Indian journal of veterinary science and animal husbandry - Volumes 18-21, 1948-1951
Year: 1948
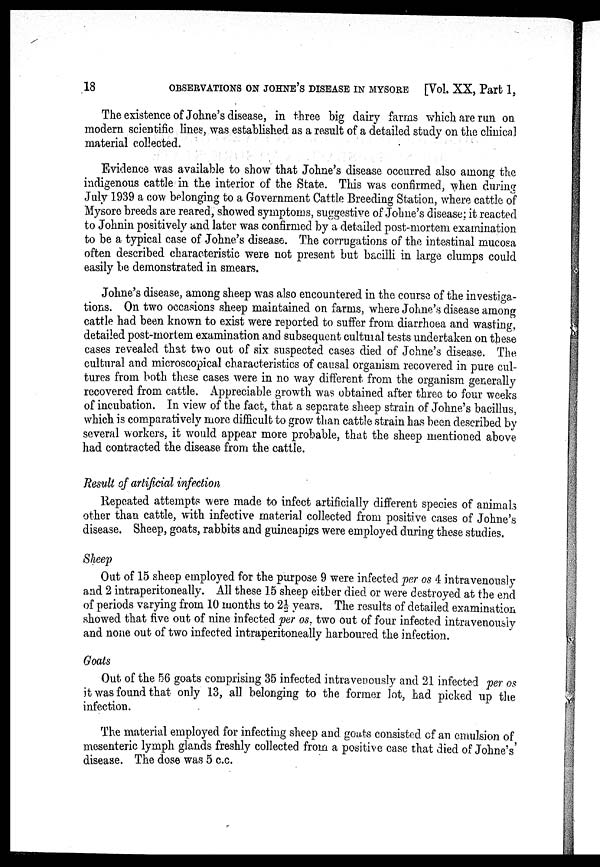
18
OBSERVATIONS ON JOHNE'S DISEASE IN MYSORE [Vol. XX, Part 1,
The existence of Johne's disease, in three big dairy farms which are run on
modern scientific lines, was established as a result of a detailed study on the clinical
material collected.
Evidence was available to show that Johne's disease occurred also among the
indigenous cattle in the interior of the State. This was confirmed, when during
July 1939 a cow belonging to a Government Cattle Breeding Station, where cattle of
Mysore breeds are reared, showed symptoms, suggestive of Johne's disease; it reacted
to Johnin positively and later was confirmed by a detailed post-mortem examination
to be a typical case of Johne's disease. The corrugations of the intestinal mucosa
often described characteristic were not present but bacilli in large clumps could
easily be demonstrated in smears.
Johne's disease, among sheep was also encountered in the course of the investiga-
tions. On two occasions sheep maintained on farms, where Johne's disease among
cattle had been known to exist were reported to suffer from diarrhoea and wasting,
detailed post-mortem examination and subsequent cultural tests undertaken on these
cases revealed that two out of six suspected cases died of Johne's disease. The
cultural and microscopical characteristics of causal organism recovered in pure cul-
tures from both these cases were in no way different from the organism generally
recovered from cattle. Appreciable growth was obtained after three to four weeks
of incubation. In view of the fact, that a separate sheep strain of Johne's bacillus,
which, is comparatively more difficult to grow than cattle strain has been described by
several workers, it would appear more probable, that the sheep mentioned above
had contracted the disease from the cattle.
Result of artificial infection
Repeated attempts were made to infect artificially different species of animals
other than cattle, with infective material collected from positive cases of Johne's
disease. Sheep, goats, rabbits and guineapigs were employed during these studies.
Sheep
Out of 15 sheep employed for the purpose 9 were infected per os 4 intravenously
and 2 intraperitoneally. All these 15 sheep either died or were destroyed at the end
of periods varying from 10 months to 2½ years. The results of detailed examination
showed that five out of nine infected per os, two out of four infected intravenously
and none out of two infected intraperitoneally harboured the infection.
Goats
Out of the 56 goats comprising 35 infected intravenously and 21 infected per os
it was found that only 13, all belonging to the former lot, had picked up the
infection.
The material employed for infecting sheep and goats consisted of an emulsion of
mesenteric lymph glands freshly collected from a positive case that died of Johne's'
disease. The dose was 5 c.c.